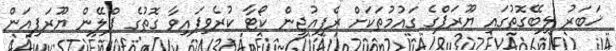
ޚަބަރު ލިބޭގޮތުގައި ޔޫރަޕްގެ ގައުމުތަކަށް ރެފިއުޖީން ކޯޓާ ކުރެވިފައިވާ ގޮތުގެ ޕްލޭން ޔޫރަޕިއަން